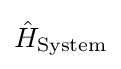
{\hat {H}}_{\mathrm {System} }